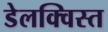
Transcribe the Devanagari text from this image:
डेलक्विस्त